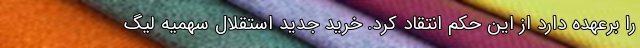
را برعهده دارد از این حکم انتقاد کرد. خرید جدید استقلال سهمیه لیگ